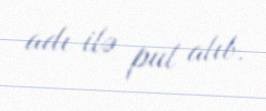
adı ilə pul alıb.